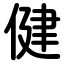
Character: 健